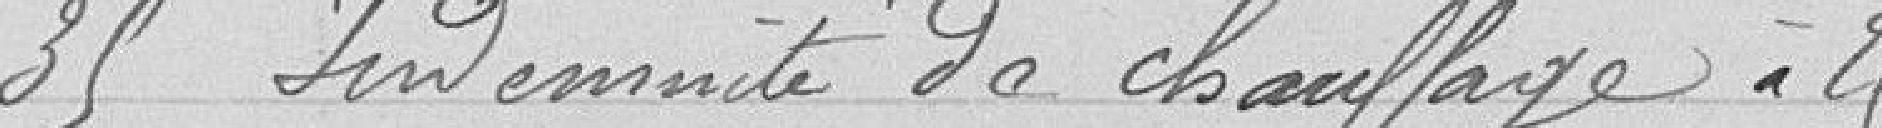
35 indemnité de chauffage à 25